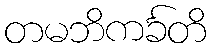
တမဘိကင်္ခတိ